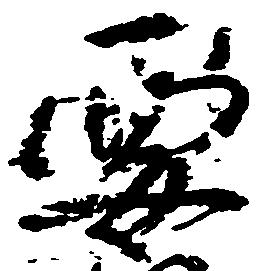
要